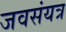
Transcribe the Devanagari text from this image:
जवसंयत्र